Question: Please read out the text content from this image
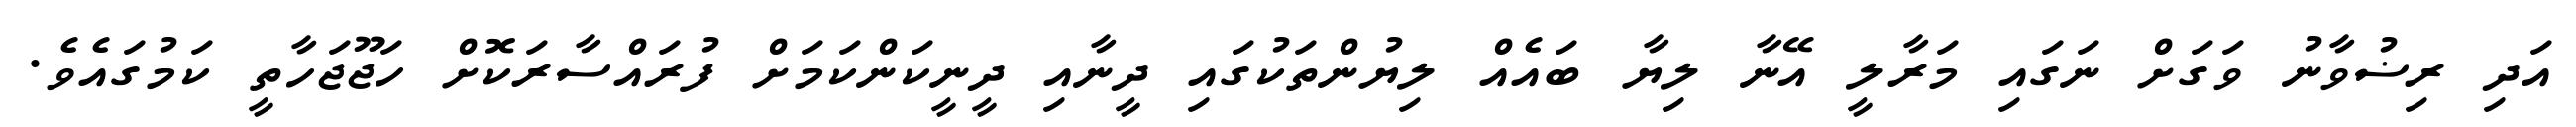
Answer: އަދި ރިޟުވާނު ވަގަށް ނަގައި މަރާލީ އޭނާ ލިޔާ ބައެއް ލިޔުންތަކުގައި ދީނާއި ދީނީކަންކަމަށް ފުރައްސާރަކޮށް ހަޖޫޖަހާތީ ކަމުގައެވެ.